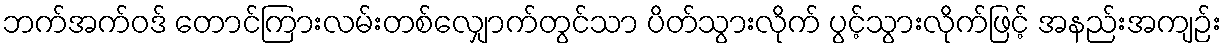
ဘက်အက်ဝဒ် တောင်ကြားလမ်းတစ်လျှောက်တွင်သာ ပိတ်သွားလိုက် ပွင့်သွားလိုက်ဖြင့် အနည်းအကျဉ်း